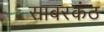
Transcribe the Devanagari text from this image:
साबरकंठ